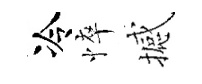
冷悴撼